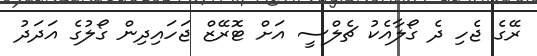
ރޭގެ ޖެހި ދެ ގޯލާއެކު ޗެލްސީ އަށް ޓޮރޭޒް ޖަހައިދިން ގޯލުގެ އަދަދު